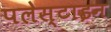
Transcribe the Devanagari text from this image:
पलेस्टाइन